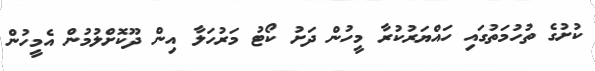
ކުށުގެ ތުހުމަތުގައި ހައްޔަރުކުރާ މީހުން ދަށު ކޯޓު މަރުހަލާ އިން ދޫކޮށްލުމުން އެމީހުން